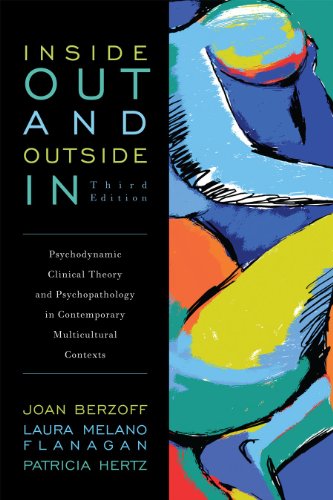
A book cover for Inside Out and Outside In: Psychodynamic Clinical Theory and Psychopathology in Contemporary Multicultural Contexts; Medical Books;